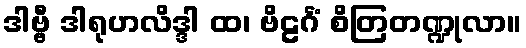
ဒါဗ္ဗီ ဒါရုဟလိဒ္ဒါ ထ၊ ဗိဠင်္ဂံ စိတြတဏ္ဍုလာ။